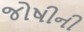
જોષીની